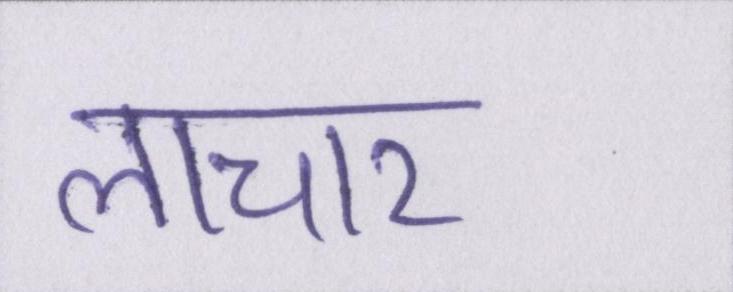
लाचार